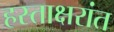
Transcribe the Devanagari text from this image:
हस्ताक्षरांत